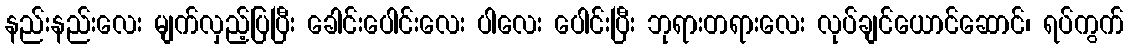
နည်းနည်းလေး မျက်လှည့်ပြပြီး ခေါင်းပေါင်းလေး ပါလေး ပေါင်းပြီး ဘုရားတရားလေး လုပ်ချင်ယောင်ဆောင်၊ ရပ်ကွက်